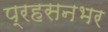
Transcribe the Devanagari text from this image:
प्रहसनभर